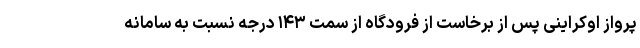
پرواز اوکراینی پس از برخاست از فرودگاه از سمت ۱۴۳ درجه نسبت به سامانه